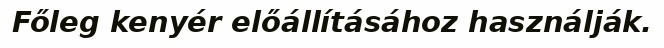
Főleg kenyér előállításához használják.